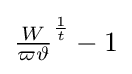
{\textstyle {\frac {W}{\varpi \vartheta }}^{\frac {1}{t}}-1}